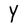
Character: Y